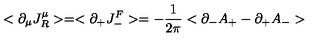
< \partial _ { \mu } J _ { R } ^ { \mu } > = < \partial _ { + } J _ { - } ^ { F } > = - { \frac { 1 } { 2 \pi } } < \partial _ { - } A _ { + } - \partial _ { + } A _ { - } >